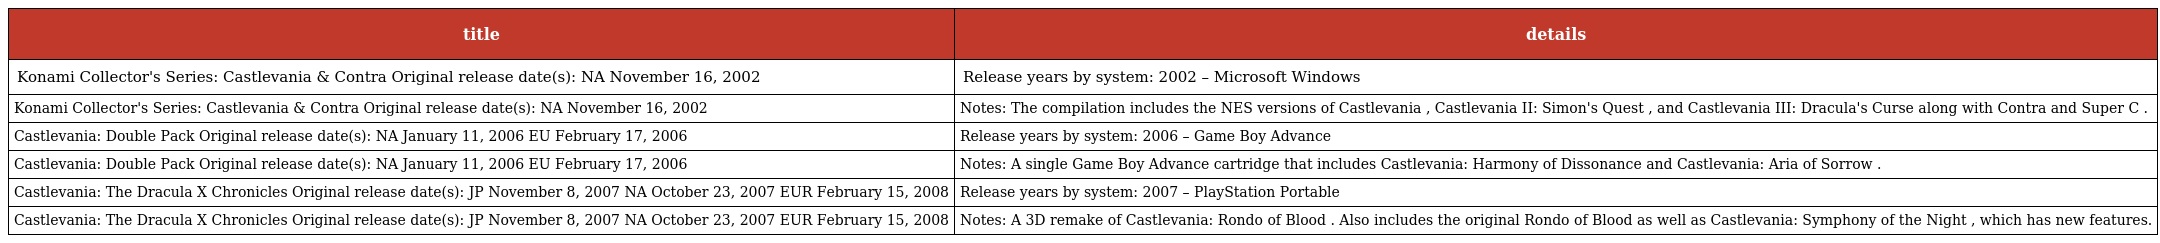
| title | details |
 | --- | --- |
 | Konami Collector's Series: Castlevania & Contra Original release date(s): NA November 16, 2002 | Release years by system: 2002 – Microsoft Windows |
 | Konami Collector's Series: Castlevania & Contra Original release date(s): NA November 16, 2002 | Notes: The compilation includes the NES versions of Castlevania , Castlevania II: Simon's Quest , and Castlevania III: Dracula's Curse along with Contra and Super C . |
 | Castlevania: Double Pack Original release date(s): NA January 11, 2006 EU February 17, 2006 | Release years by system: 2006 – Game Boy Advance |
 | Castlevania: Double Pack Original release date(s): NA January 11, 2006 EU February 17, 2006 | Notes: A single Game Boy Advance cartridge that includes Castlevania: Harmony of Dissonance and Castlevania: Aria of Sorrow . |
 | Castlevania: The Dracula X Chronicles Original release date(s): JP November 8, 2007 NA October 23, 2007 EUR February 15, 2008 | Release years by system: 2007 – PlayStation Portable |
 | Castlevania: The Dracula X Chronicles Original release date(s): JP November 8, 2007 NA October 23, 2007 EUR February 15, 2008 | Notes: A 3D remake of Castlevania: Rondo of Blood . Also includes the original Rondo of Blood as well as Castlevania: Symphony of the Night , which has new features. |